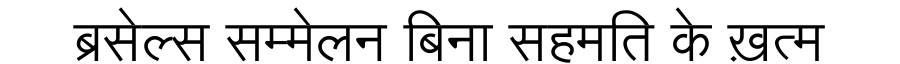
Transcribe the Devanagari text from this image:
ब्रसेल्स सम्मेलन बिना सहमति के ख़त्म